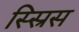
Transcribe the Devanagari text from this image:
स्स्रिस